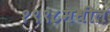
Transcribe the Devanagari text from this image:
१९९८मधील